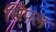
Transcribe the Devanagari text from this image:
सिपल